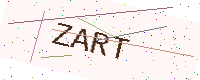
Text: ZART